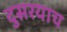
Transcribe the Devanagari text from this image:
दुसरयाच